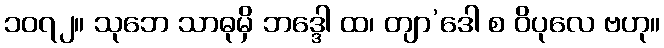
၁၀၇၂။ သုဘေ သာဓုမှိ ဘဒ္ဒေါ ထ၊ တျာ’ဒေါ စ ဝိပုလေ ဗဟု။